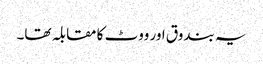
یہ بندوق اور ووٹ کا مقابلہ تھا۔